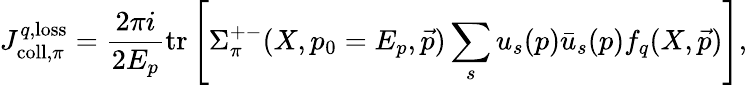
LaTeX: J_{\mathrm{coll},\pi}^{q,\mathrm{loss}}=\frac{2\pi i}{2E_{p}}\mathrm{tr}\left[\Sigma_{\pi}^{+-}(X,p_{0}=E_{p},\vec{p})\sum_{s}u_{s}(p)\bar{u}_{s}(p)f_{q}(X,\vec{p})\right],